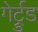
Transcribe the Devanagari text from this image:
गेर्ट्रुड